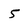
Character: 5